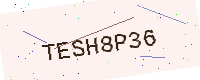
Text: TESH8P36